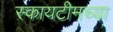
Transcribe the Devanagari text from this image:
स्कायटीमच्या